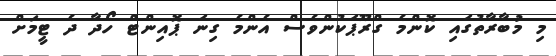
މި މުބާރާތުގައި ކޮންމެ ގްރޫޕަކުންވެސް އެންމެ ގިނަ ޕޮއިންޓް ހޯދާ ދެ ޓީމަށް